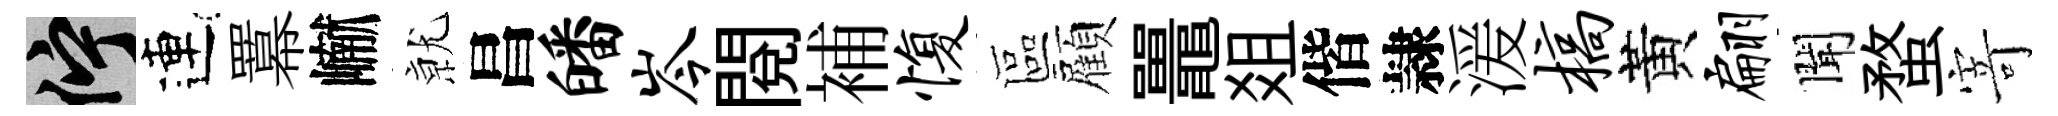
伫連羃𪩘𭕒昌皤岑閲補愎區顏鼉爼偕隷湲槁黃翩聞蝥𭔃